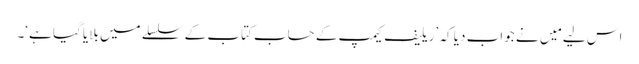
اس لیے مَیں نے جواب دیا کہ ’ریلیف کیمپ کے حساب کتاب کے سلسلے میں بلایا گیا ہے‘۔